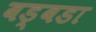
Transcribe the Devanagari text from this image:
बड्बडा